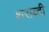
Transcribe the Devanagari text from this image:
शराब्दी